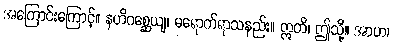
အကြောင်းကြောင့်။ နဟိဂစ္ဆေယျ၊ မရောက်ရာသနည်း။ ဣတိ၊ ဤသို့။ အာဟ၊